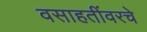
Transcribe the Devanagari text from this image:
वसाहतींवरचे